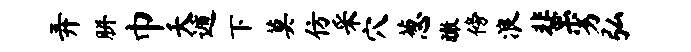
弄胼巾夭遁下莫仿采穴葱瞰傍浪蜚劣弘